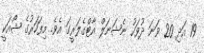
19 އަދި 20 ވަނަ ދުވަހު ނެޝަނަލް އާޓްގެލަރީގަ އެވެ. މިފަހަރުގެ ޝޯއަކީ